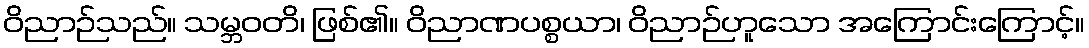
ဝိညာဉ်သည်။ သမ္ဘဝတိ၊ ဖြစ်၏။ ဝိညာဏပစ္စယာ၊ ဝိညာဉ်ဟူသော အကြောင်းကြောင့်။